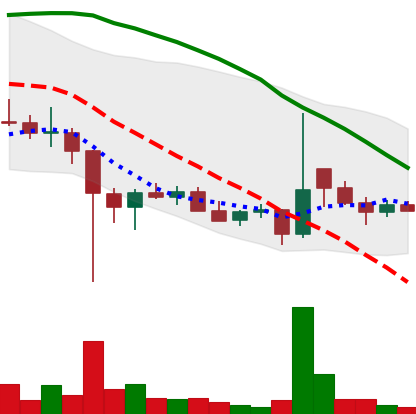
Ticker: DOGE-USD
Chart end date: 2021-12-19
Forward return: 10.052%
Label: up_7plus